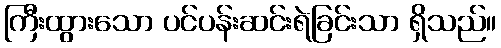
ကြီးထွားသော ပင်ပန်းဆင်းရဲခြင်းသာ ရှိသည်။